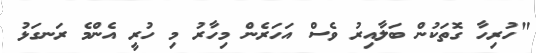
"ހުރިހާ ގޮތަކުން ބަލާއިރު ވެސް އަހަރެން މިހާރު މި ހުރީ އެންމެ ރަނގަޅު